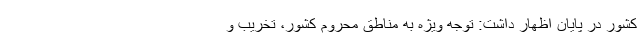
کشور در پایان اظهار داشت: توجه ویژه به مناطق محروم کشور، تخریب و